Civil Veterinary Department Bihar & Orissa reports 1929-36 - 1929-1936
Year: 1929
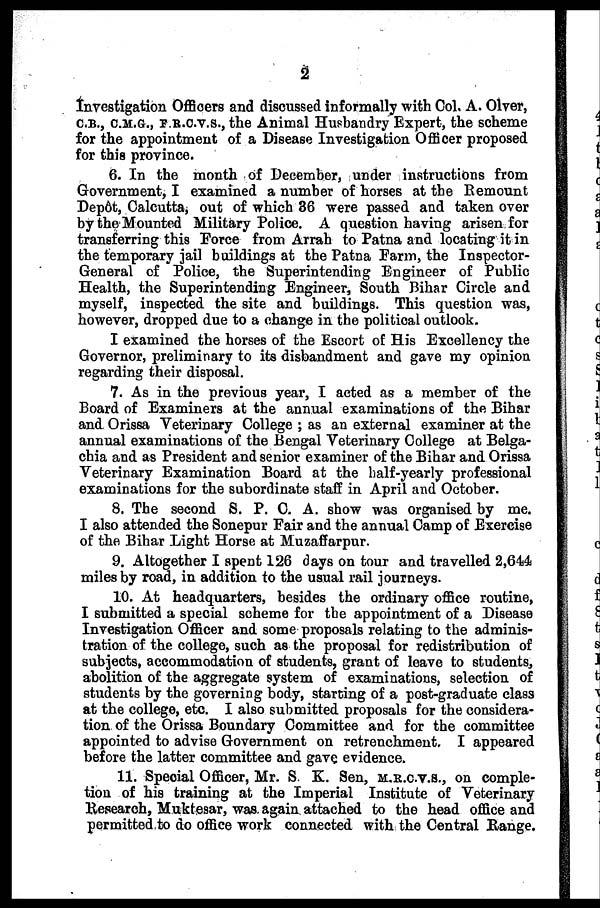
2
Investigation Officers and discussed informally with Col. A. Olver,
C.B., C.M.G., F.R.C.V.S., the Animal Husbandry Expert, the scheme
for the appointment of a Disease Investigation Officer proposed
for this province.
6. In the month of December, under instructions from
Government, I examined a number of horses at the Remount
Depôt, Calcutta, out of which 36 were passed and taken over
by the Mounted Military Police. A question having arisen for
transferring this Force from Arrah to Patna and locating it in
the temporary jail buildings at the Patna Farm, the Inspector-
General of Police, the Superintending Engineer of Public
Health, the Superintending Engineer, South Bihar Circle and
myself, inspected the site and buildings. This question was,
however, dropped due to a change in the political outlook.
I examined the horses of the Escort of His Excellency the
Governor, preliminary to its disbandment and gave my opinion
regarding their disposal.
7. As in the previous year, I acted as a member of the
Board of Examiners at the annual examinations of the Bihar
and Orissa Veterinary College ; as an external examiner at the
annual examinations of the Bengal Veterinary College at Belga-
chia and as President and senior examiner of the Bihar and Orissa
Veterinary Examination Board at the half-yearly professional
examinations for the subordinate staff in April and October.
8. The second S. P. C. A. show was organised by me.
I also attended the Sonepur Fair and the annual Camp of Exercise
of the Bihar Light Horse at Muzaffarpur.
9. Altogether I spent 126 days on tour and travelled 2,644
miles by road, in addition to the usual rail journeys.
10. At headquarters, besides the ordinary office routine,
I submitted a special scheme for the appointment of a Disease
Investigation Officer and some proposals relating to the adminis-
tration of the college, such as the proposal for redistribution of
subjects, accommodation of students, grant of leave to students,
abolition of the aggregate system of examinations, selection of
students by the governing body, starting of a post-graduate class
at the college, etc. I also submitted proposals for the considera-
tion of the Orissa Boundary Committee and for the committee
appointed to advise Government on retrenchment, I appeared
before the latter committee and gave evidence.
11. Special Officer, Mr. S. K. Sen, M.R.C.V.S., on comple-
tion of his training at the Imperial Institute of Veterinary
Research, Muktesar, was again attached to the head office and
permitted to do office work connected with the Central Range.